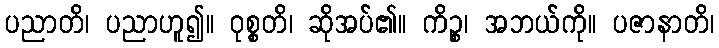
ပညာတိ၊ ပညာဟူ၍။ ဝုစ္စတိ၊ ဆိုအပ်၏။ ကိဉ္စ၊ အဘယ်ကို။ ပဇာနာတိ၊